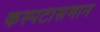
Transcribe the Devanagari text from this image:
कस्पटासमान